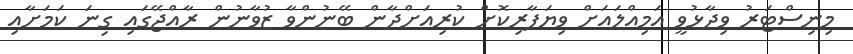
މިނިސްޓަރު ވިދާޅުވީ އަމިއްލައަށް ވިޔަފާރިކޮށް ކުރިއަށްދާން ބޭނުންވާ ޒުވާނުން ރާއްޖޭގައި ގިނަ ކަމަށާއި